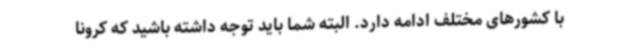
با کشورهای مختلف ادامه دارد. البته شما باید توجه داشته باشید که کرونا